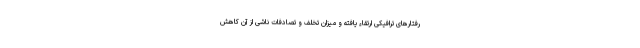
رفتارهای ترافیکی ارتقاء یافته و میزان تخلف و تصادفات ناشی از آن کاهش